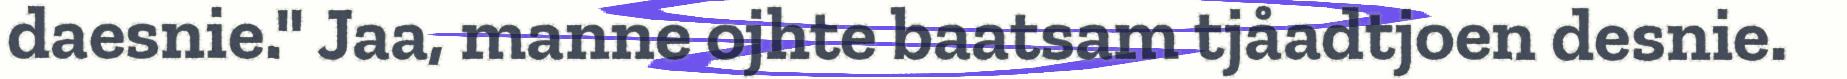
daesnie." Jaa, manne ojhte baatsam tjåadtjoen desnie.